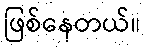
ဖြစ်နေတယ်။